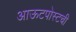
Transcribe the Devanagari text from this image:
आऊटपोस्टची